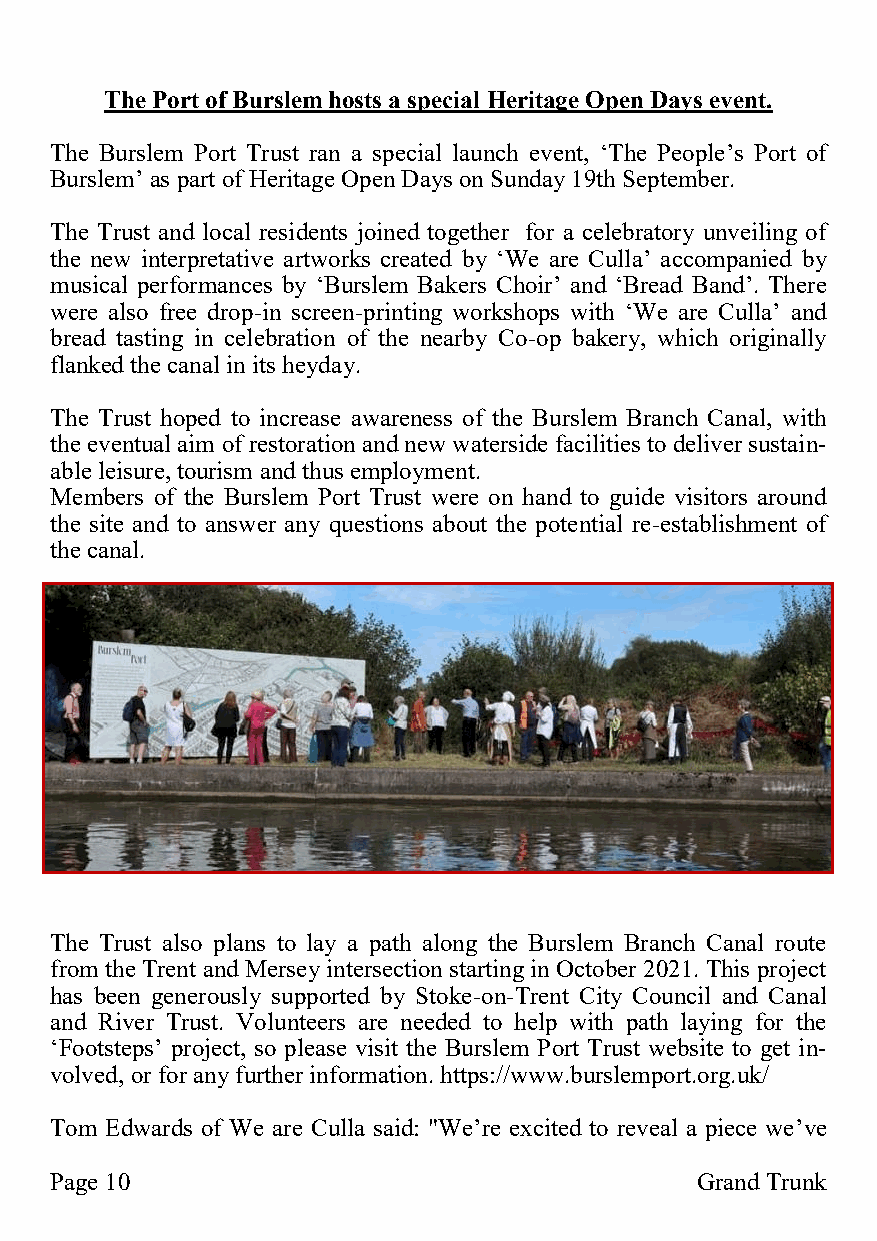
The Port of Burslem hosts a special Heritage Open Days event.
 The Burslem Port Trust ran a special launch event, ‘The People’s Port of
 Burslem’ as part of Heritage Open Days on Sunday 19th September.
 The Trust and local residents joined together for a celebratory unveiling of
 the new interpretative artworks created by ‘We are Culla’ accompanied by
 musical performances by ‘Burslem Bakers Choir’ and ‘Bread Band’. There
 were also free drop-in screen-printing workshops with ‘We are Culla’ and
 bread tasting in celebration of the nearby Co-op bakery, which originally
 flanked the canal in its heyday.
 The Trust hoped to increase awareness of the Burslem Branch Canal, with
 the eventual aim of restoration and new waterside facilities to deliver sustain-
 able leisure, tourism and thus employment.
 Members of the Burslem Port Trust were on hand to guide visitors around
 the site and to answer any questions about the potential re-establishment of
 the canal.
 The Trust also plans to lay a path along the Burslem Branch Canal route
 from the Trent and Mersey intersection starting in October 2021. This project
 has been generously supported by Stoke-on-Trent City Council and Canal
 and River Trust. Volunteers are needed to help with path laying for the
 ‘Footsteps’ project, so please visit the Burslem Port Trust website to get in-
 volved, or for any further information. https://www.burslemport.org.uk/
 Tom Edwards of We are Culla said: "We’re excited to reveal a piece we’ve
 Page 10                                    Grand Trunk